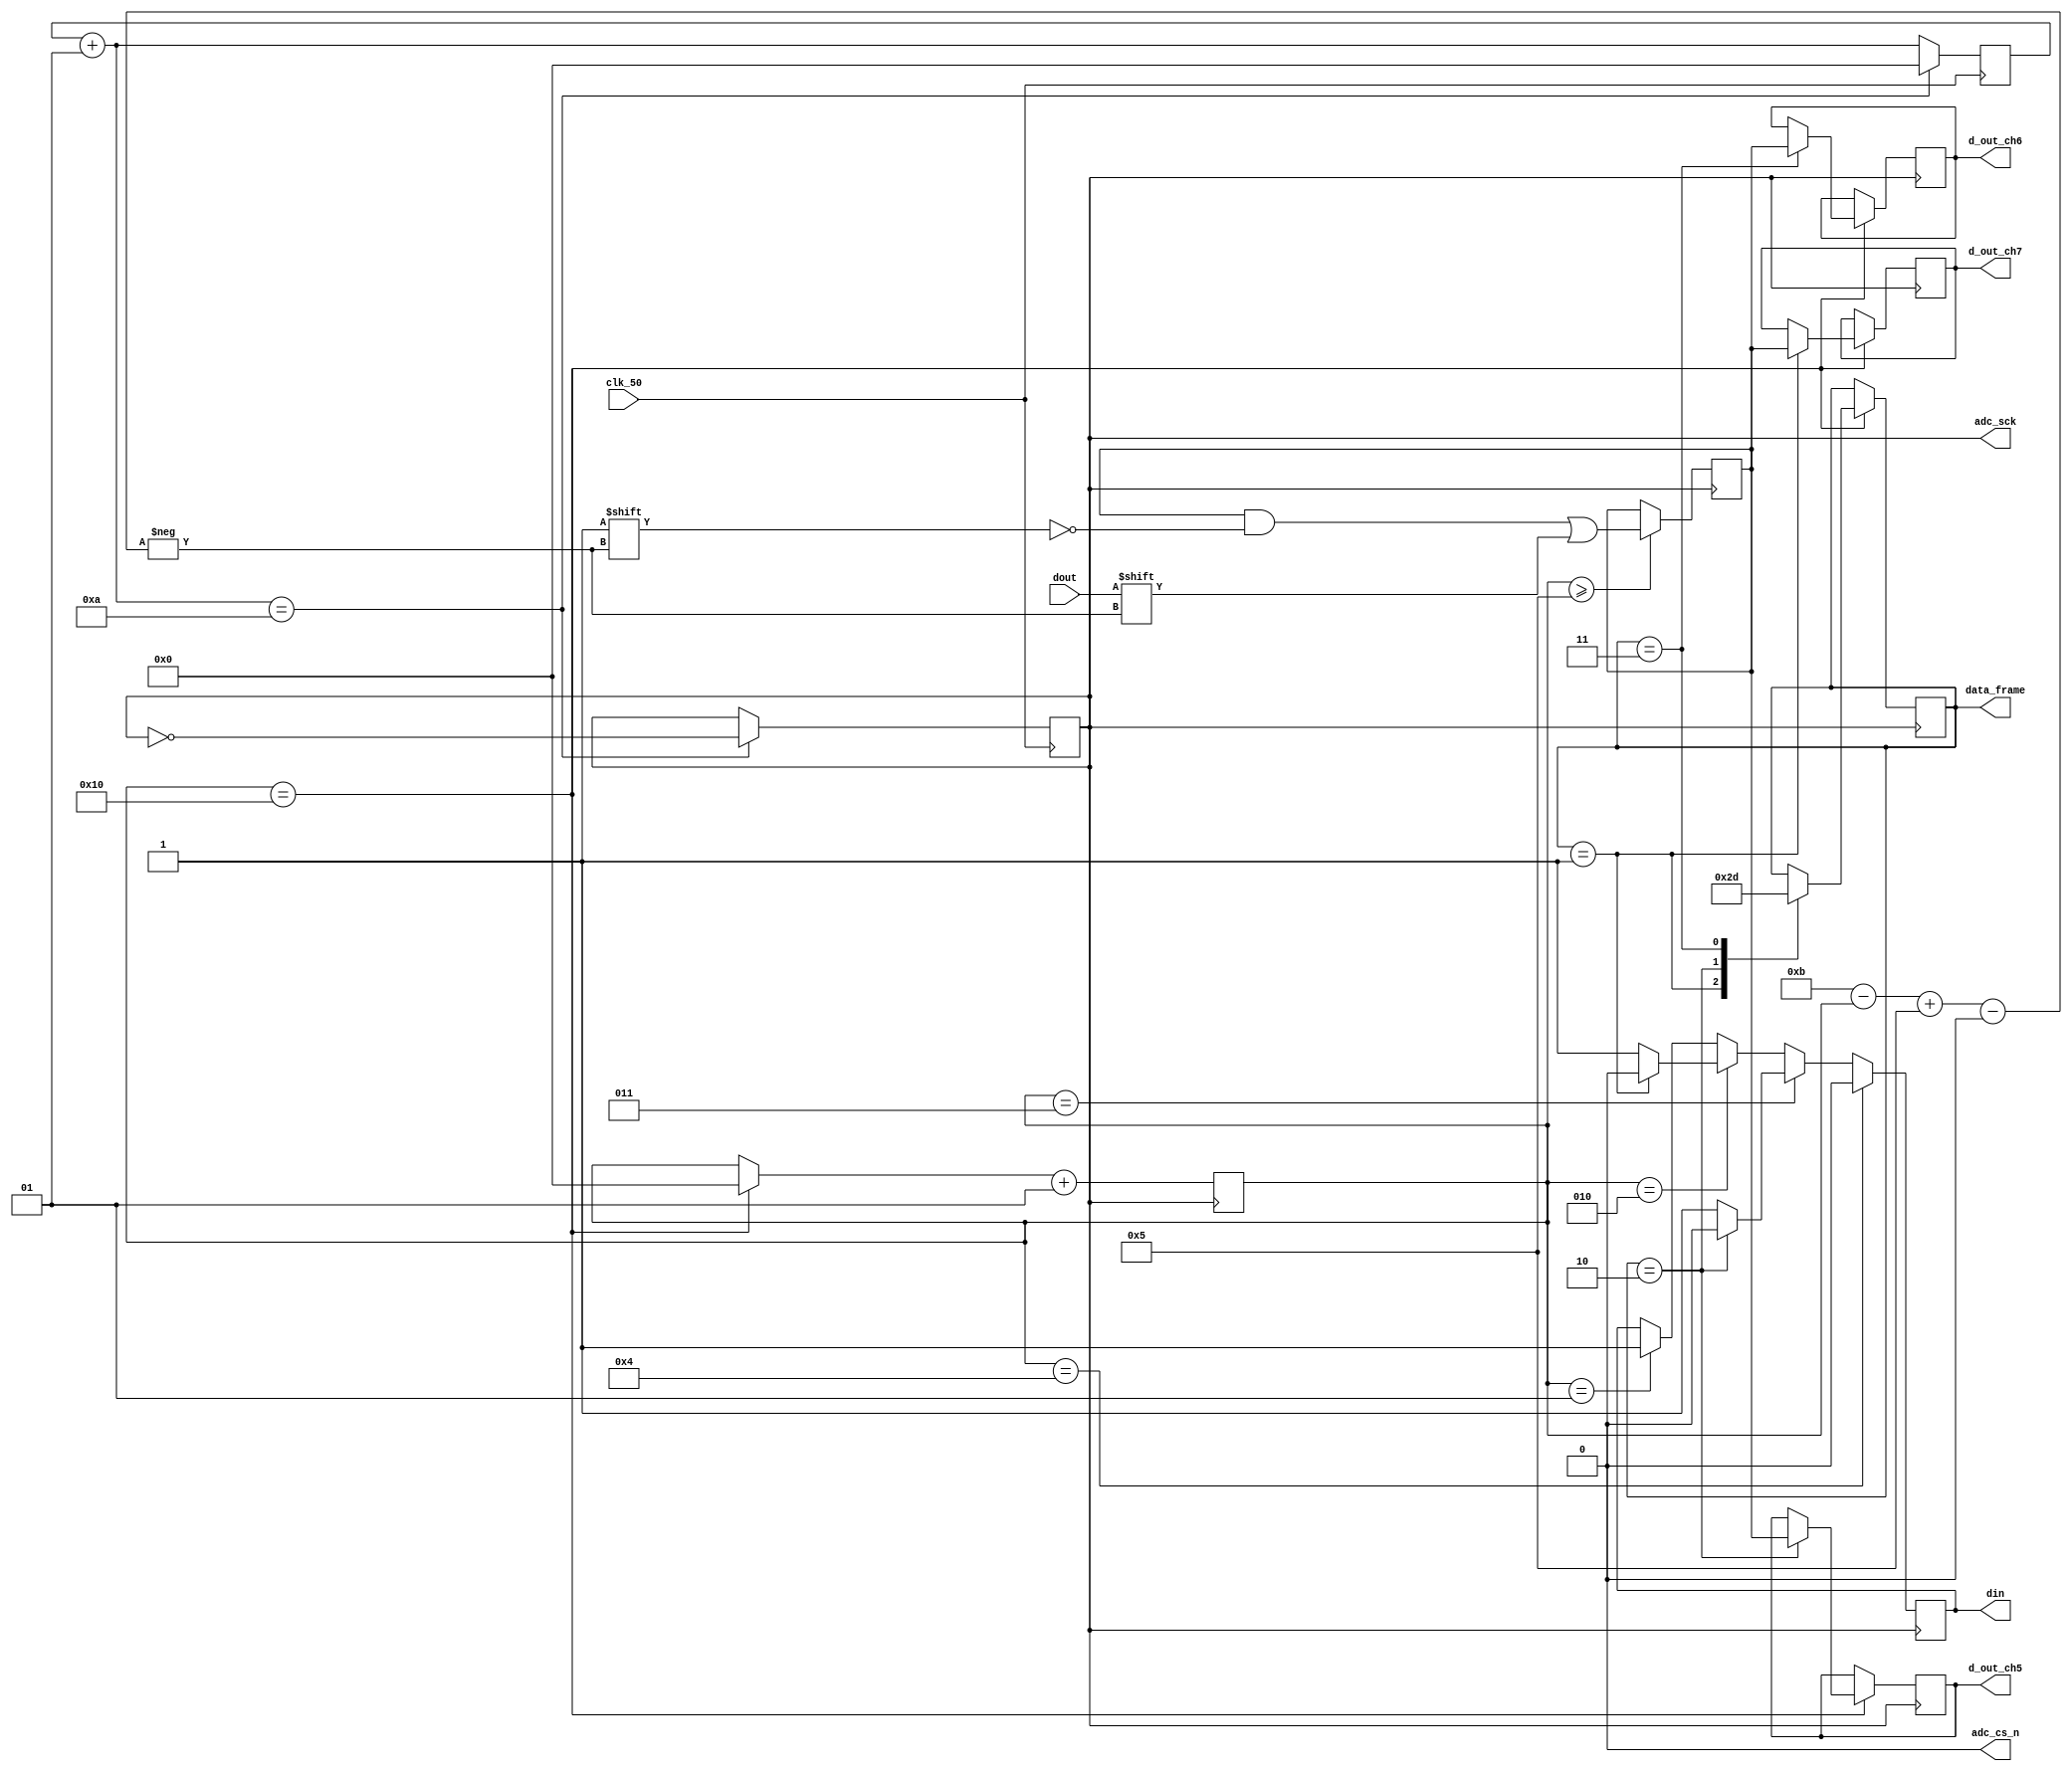
// SM : Task 2 A : ADC
/*
Instructions
-------------------
Students are not allowed to make any changes in the Module declaration.
This file is used to design ADC Controller.

Recommended Quartus Version : 19.1
The submitted project file must be 19.1 compatible as the evaluation will be done on Quartus Prime Lite 19.1.

Warning: The error due to compatibility will not be entertained.
-------------------
*/

//ADC Controller design
//Inputs  : clk_50 : 50 MHz clock, dout : digital output from ADC128S022 (serial 12-bit)
//Output  : adc_cs_n : Chip Select, din : Ch. address input to ADC128S022, adc_sck : 2.5 MHz ADC clock,
//				d_out_ch5, d_out_ch6, d_out_ch7 : 12-bit output of ch. 5,6 & 7,
//				data_frame : To represent 16-cycle frame (optional)

//////////////////DO NOT MAKE ANY CHANGES IN MODULE//////////////////
module adc_control(
	input  clk_50,				//50 MHz clock
	input  dout,				//digital output from ADC128S022 (serial 12-bit)
	output adc_cs_n,			//ADC128S022 Chip Select
	output din,					//Ch. address input to ADC128S022 (serial)
	output adc_sck,			//2.5 MHz ADC clock
	output [11:0]d_out_ch5,	//12-bit output of ch. 5 (parallel)
	output [11:0]d_out_ch6,	//12-bit output of ch. 6 (parallel)
	output [11:0]d_out_ch7,	//12-bit output of ch. 7 (parallel)
	output [1:0]data_frame	//To represent 16-cycle frame (optional)
);
	
////////////////////////WRITE YOUR CODE FROM HERE////////////////////

// All Declarations are made here

integer count = -1;
integer counter = 0;
reg din_reg = 0;
reg adc_sck_reg = 0;
reg [11:0] d_out_chX;
reg [1:0] data_frame_reg = 1;
reg [11:0] d_out_ch5_reg = 12'b000000000000;
reg [11:0] d_out_ch6_reg = 12'b000000000000;
reg [11:0] d_out_ch7_reg = 12'b000000000000;

// All assignments to the ports are made here

assign adc_cs_n = 0;
assign din = din_reg;
assign adc_sck = adc_sck_reg;
assign data_frame = data_frame_reg;
assign d_out_ch5 = d_out_ch5_reg;
assign d_out_ch6 = d_out_ch6_reg;
assign d_out_ch7 = d_out_ch7_reg;


// Modulation of frequency from 50 MHz to 2.5 MHz

always @(negedge clk_50) begin

   count = count + 1;
	if(count == 10) begin
	   adc_sck_reg = ~adc_sck_reg;
		count = 0;
	end
	
end

// Code for data_frame port

always @(negedge adc_sck) begin

   if(counter == 16) begin
	   case (data_frame_reg)
		
	      2'b01 : data_frame_reg = 2'b10;
		   2'b10 : data_frame_reg = 2'b11;
		   2'b11 : data_frame_reg = 2'b01;

		endcase
	end
end

// Code for Din

always @(negedge adc_sck) begin

   if(counter == 1) din_reg = 1;
	if(counter == 2) begin
	   if(data_frame_reg == 1) din_reg = 0;
		else din_reg = 1;
	end
	if(counter == 3) begin
	   if(data_frame_reg == 2) din_reg = 0;
		else din_reg = 1;
	end
	if(counter == 4) din_reg = 0;
	
end

// Code to update channels with an counter at every positive edge of clock ( adc_sck )

always @(negedge adc_sck) begin

   if(counter == 16) begin
	   counter = 0;
		// update channel
		if(data_frame_reg == 1) d_out_ch7_reg = d_out_chX;
		if(data_frame_reg == 2) d_out_ch5_reg = d_out_chX;
		if(data_frame_reg == 3) d_out_ch6_reg = d_out_chX;
	end
   
	counter = counter + 1;
	
end

// Storing bits to compile it in single variable

always @(posedge adc_sck) begin

   if(counter >= 5) begin
	   d_out_chX[11-counter+5] = dout;
	end
	
end


////////////////////////YOUR CODE ENDS HERE//////////////////////////
endmodule
///////////////////////////////MODULE ENDS///////////////////////////